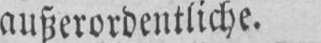
außerordentliche.